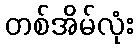
တစ်အိမ်လုံး